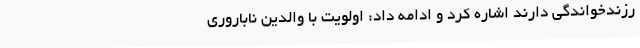
رزندخواندگی دارند اشاره کرد و ادامه داد: اولویت با والدین ناباروری